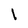
Character: l